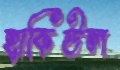
হাকিউল